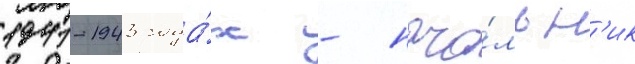
1941-1943 года́х - нача́льн'ик